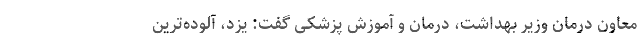
معاون درمان وزیر بهداشت، درمان و آموزش پزشکی گفت: یزد، آلوده‌ترین